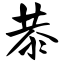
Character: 恭